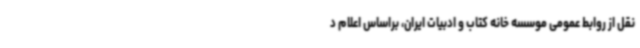
نقل از روابط عمومی موسسه خانه کتاب و ادبیات ایران، براساس اعلام د